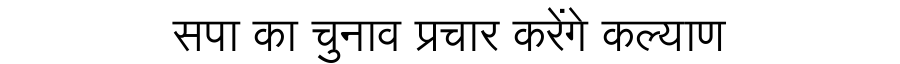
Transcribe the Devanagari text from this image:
सपा का चुनाव प्रचार करेंगे कल्याण